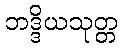
ဘဒ္ဒိယသုတ္တ